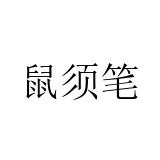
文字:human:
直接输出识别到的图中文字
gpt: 鼠须笔